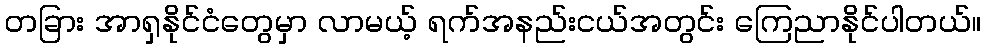
တခြား အာရှနိုင်ငံတွေမှာ လာမယ့် ရက်အနည်းငယ်အတွင်း ကြေညာနိုင်ပါတယ်။